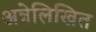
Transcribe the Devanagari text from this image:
अत्रेलिखित